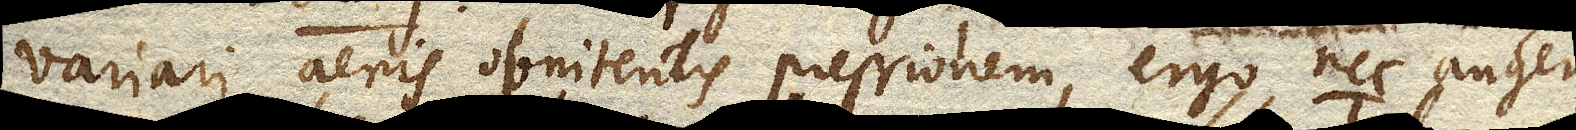
variari aeris obnitentis pressionem, ergo nec augeri